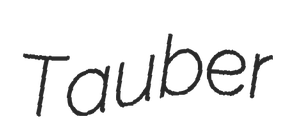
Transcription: Tauber